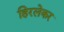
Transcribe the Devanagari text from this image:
हिरलेकर